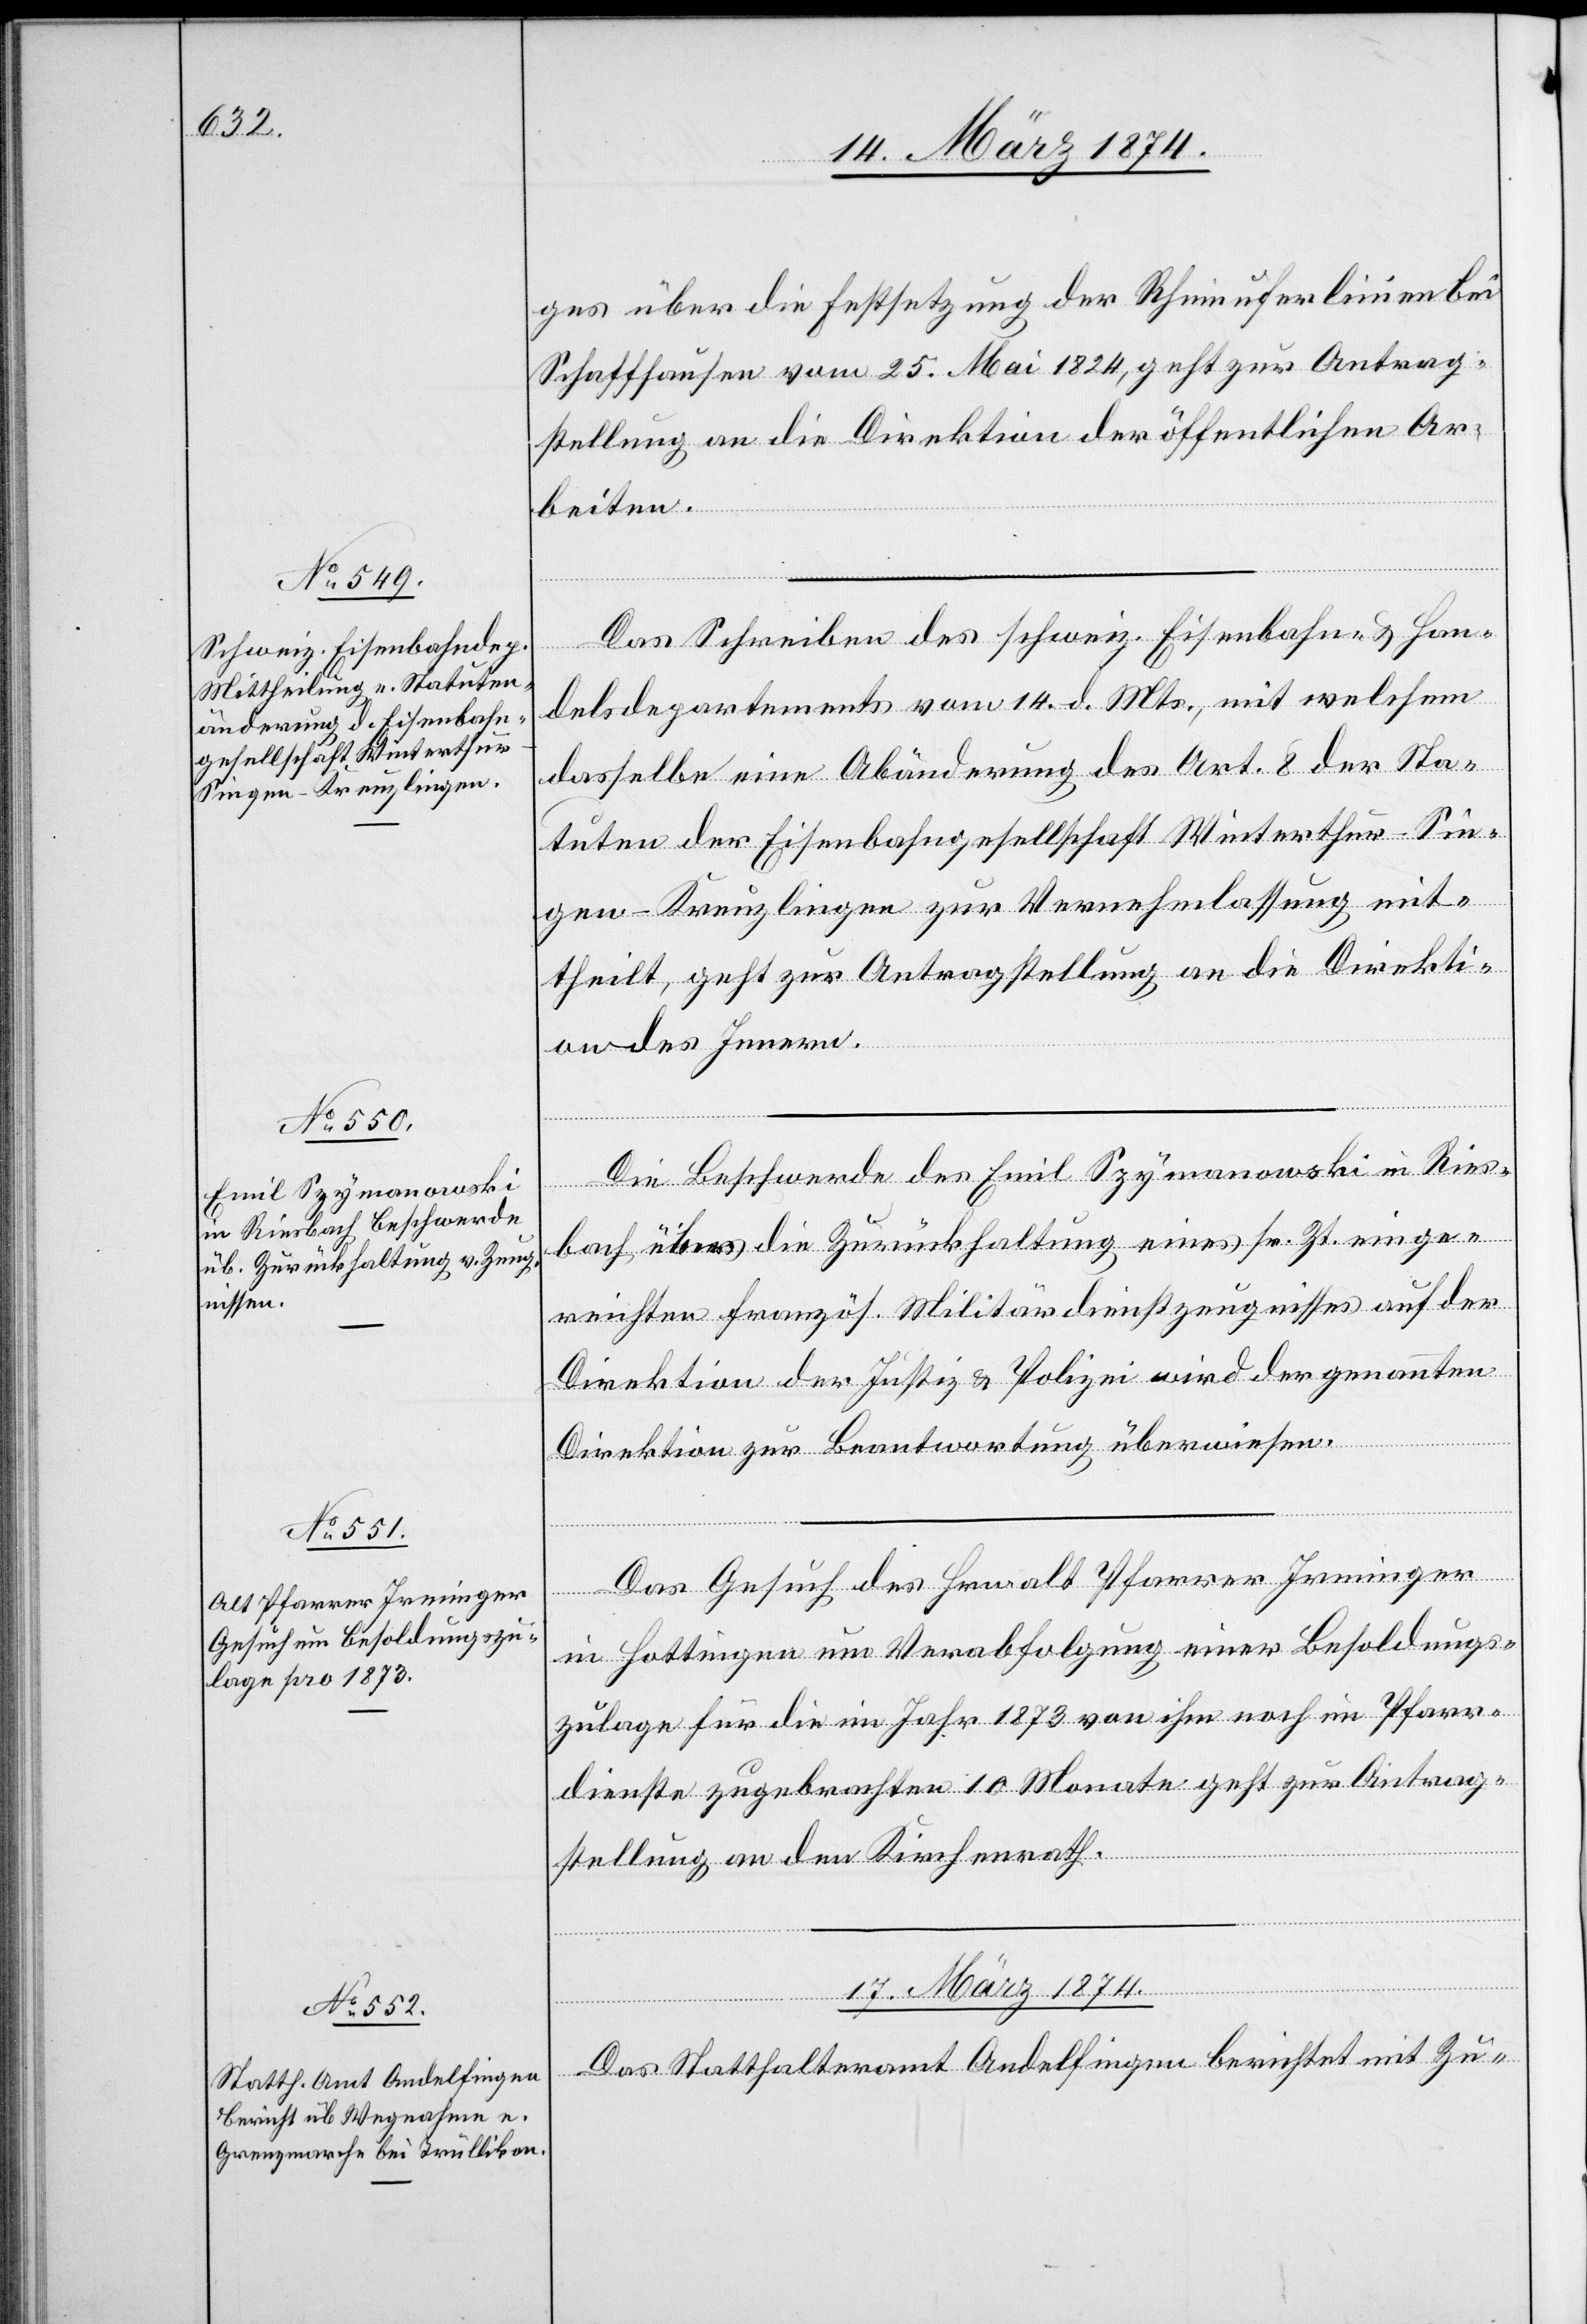
16. März 1874.]
ges über die Erstsetzung der Rheinuferlinien bei
Schaffhausen vom 25. Mai 1824, geht zur Antrag¬
stellung an die Direktion der öffentlichen Ar¬
beiten.
Das Schreiben des schweiz. Eisenbahn- u. Han¬
delsdepartements vom 14. d. Mts., mit welchem
dasselbe eine Abänderung des Art. 8 der Sta¬
tuten der Eisenbahngesellschaft Winterthur-Sin¬
gen-Kreuzlingen zur Vernehmlassung eint¬
heilt, geht zur Antragstellung an die Direkti¬
on des Innern.
Die Beschwerde des Emil Szymanowski in Ries¬
bach über die Zurückhaltung eines sr. Zt. einge¬
reichten französ. Militärdienstzeugnisses auf der
Direktion der Justiz u. Polizei wird der genannten
Direktion zur Beantwortung überwiesen.
Das Gesuch des Hrn. alt Pfarrer Irminger
in Hottingen um Verabfolgung einer Besoldungs¬
zulage für die im Jahr 1873 von ihm noch im Pfarr¬
dienste zugebrachten 10 Monate geht zur Antrag¬
stellung an den Kirchenrath.
17. März 1874.
Das Statthalteramt Andelfingen berichtet mit Zu-